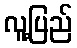
လူ့ပြည်